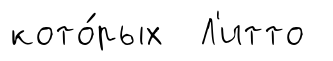
кото́рых Л'итто